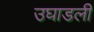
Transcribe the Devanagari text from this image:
उघाडली